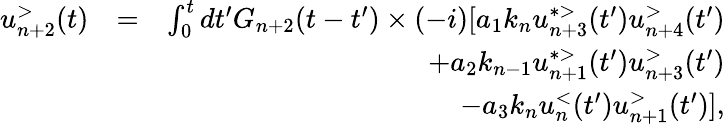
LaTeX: \begin{array}{rlr}{u_{n+2}^{>}(t)}&{=}&{\int_{0}^{t}dt^{\prime}G_{n+2}(t-t^{\prime})\times(-i)[a_{1}k_{n}u_{n+3}^{*>}(t^{\prime})u_{n+4}^{>}(t^{\prime})}\\ &{}&{+a_{2}k_{n-1}u_{n+1}^{*>}(t^{\prime})u_{n+3}^{>}(t^{\prime})}\\ &{}&{-a_{3}k_{n}u_{n}^{<}(t^{\prime})u_{n+1}^{>}(t^{\prime})],}\end{array}